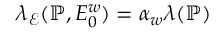
\lambda _ { \mathcal { E } } ( { \mathbb { P } } , E _ { 0 } ^ { w } ) = \alpha _ { w } \lambda ( { \mathbb { P } } )